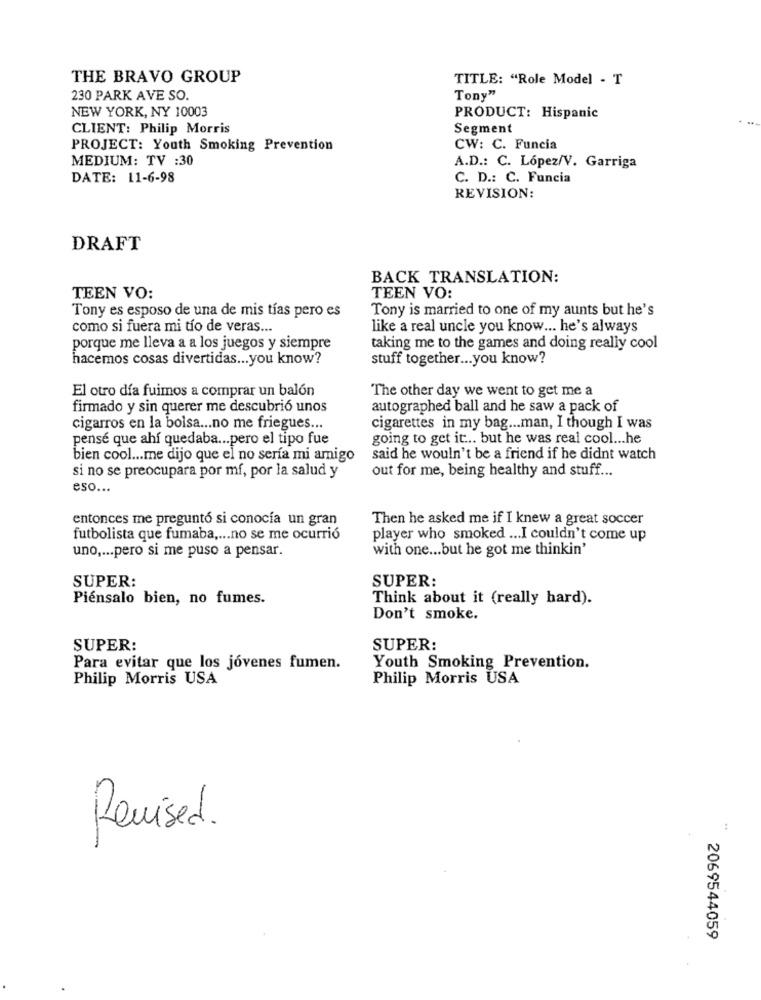
THE BRAVO GROUP
TITLE: "Role Model - T
230 PARK AVE SO.
Tony"
NEW YORK, NY 10003
PRODUCT: Hispanic
CLIENT: Philip Morris
Segment
PROJECT: Youth Smoking Prevention
CW: C. Funcia
MEDIUM: TV :30
A.D .: C. López/V. Garriga
DATE: 11-6-98
C. D .: C. Funcia
REVISION:
DRAFT
BACK TRANSLATION:
TEEN VO:
TEEN VO:
Tony is married to one of my aunts but he's
Tony es esposo de una de mis tías pero es
como si fuera mi tío de veras ...
like a real uncle you know ... he's always
porque me lleva a a los juegos y siempre
taking me to the games and doing really cool
hacemos cosas divertidas ... you know?
stuff together ... you know?
El otro día fuimos a comprar un balón
The other day we went to get me a
firmado y sin querer me descubrió unos
autographed ball and he saw a pack of
cigarros en la bolsa ... no me friegues ...
cigarettes in my bag ... man, I though I was
pensé que ahí quedaba ... pero el tipo fue
going to get it ... but he was real cool ... he
bien cool ... me dijo que el no sería mi amigo
said he wouln't be a friend if he didnt watch
si no se preocupara por mí, por la salud y
out for me, being healthy and stuff ...
eso ...
entonces me preguntó si conocía un gran
Then he asked me if I knew a great soccer
futbolista que fumaba .... no se me ocurrió
player who smoked ... I couldn't come up
with one ... but he got me thinkin'
uno ,... pero si me puso a pensar.
SUPER:
SUPER:
Piénsalo bien, no fumes.
Think about it (really hard).
Don't smoke.
SUPER:
SUPER:
Para evitar que los jóvenes fumen.
Youth Smoking Prevention.
Philip Morris USA
Philip Morris USA
Revised.
:
2069544059